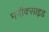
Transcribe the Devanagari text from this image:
मनॉक्साइड